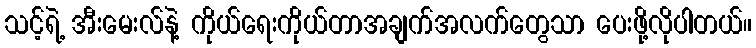
သင့်ရဲ့ အီးမေးလ်နဲ့ ကိုယ်ရေးကိုယ်တာအချက်အလက်တွေသာ ပေးဖို့လိုပါတယ်။